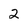
Character: 2